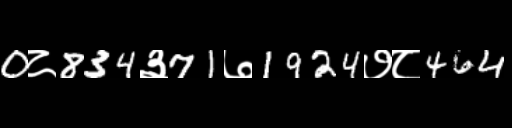
Text: 0८834३71७1924७८464